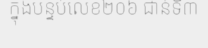
ក្នុងបន្ទប់លេខ២០៦ ជាន់ទី៣